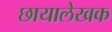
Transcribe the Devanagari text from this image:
छायालेखक